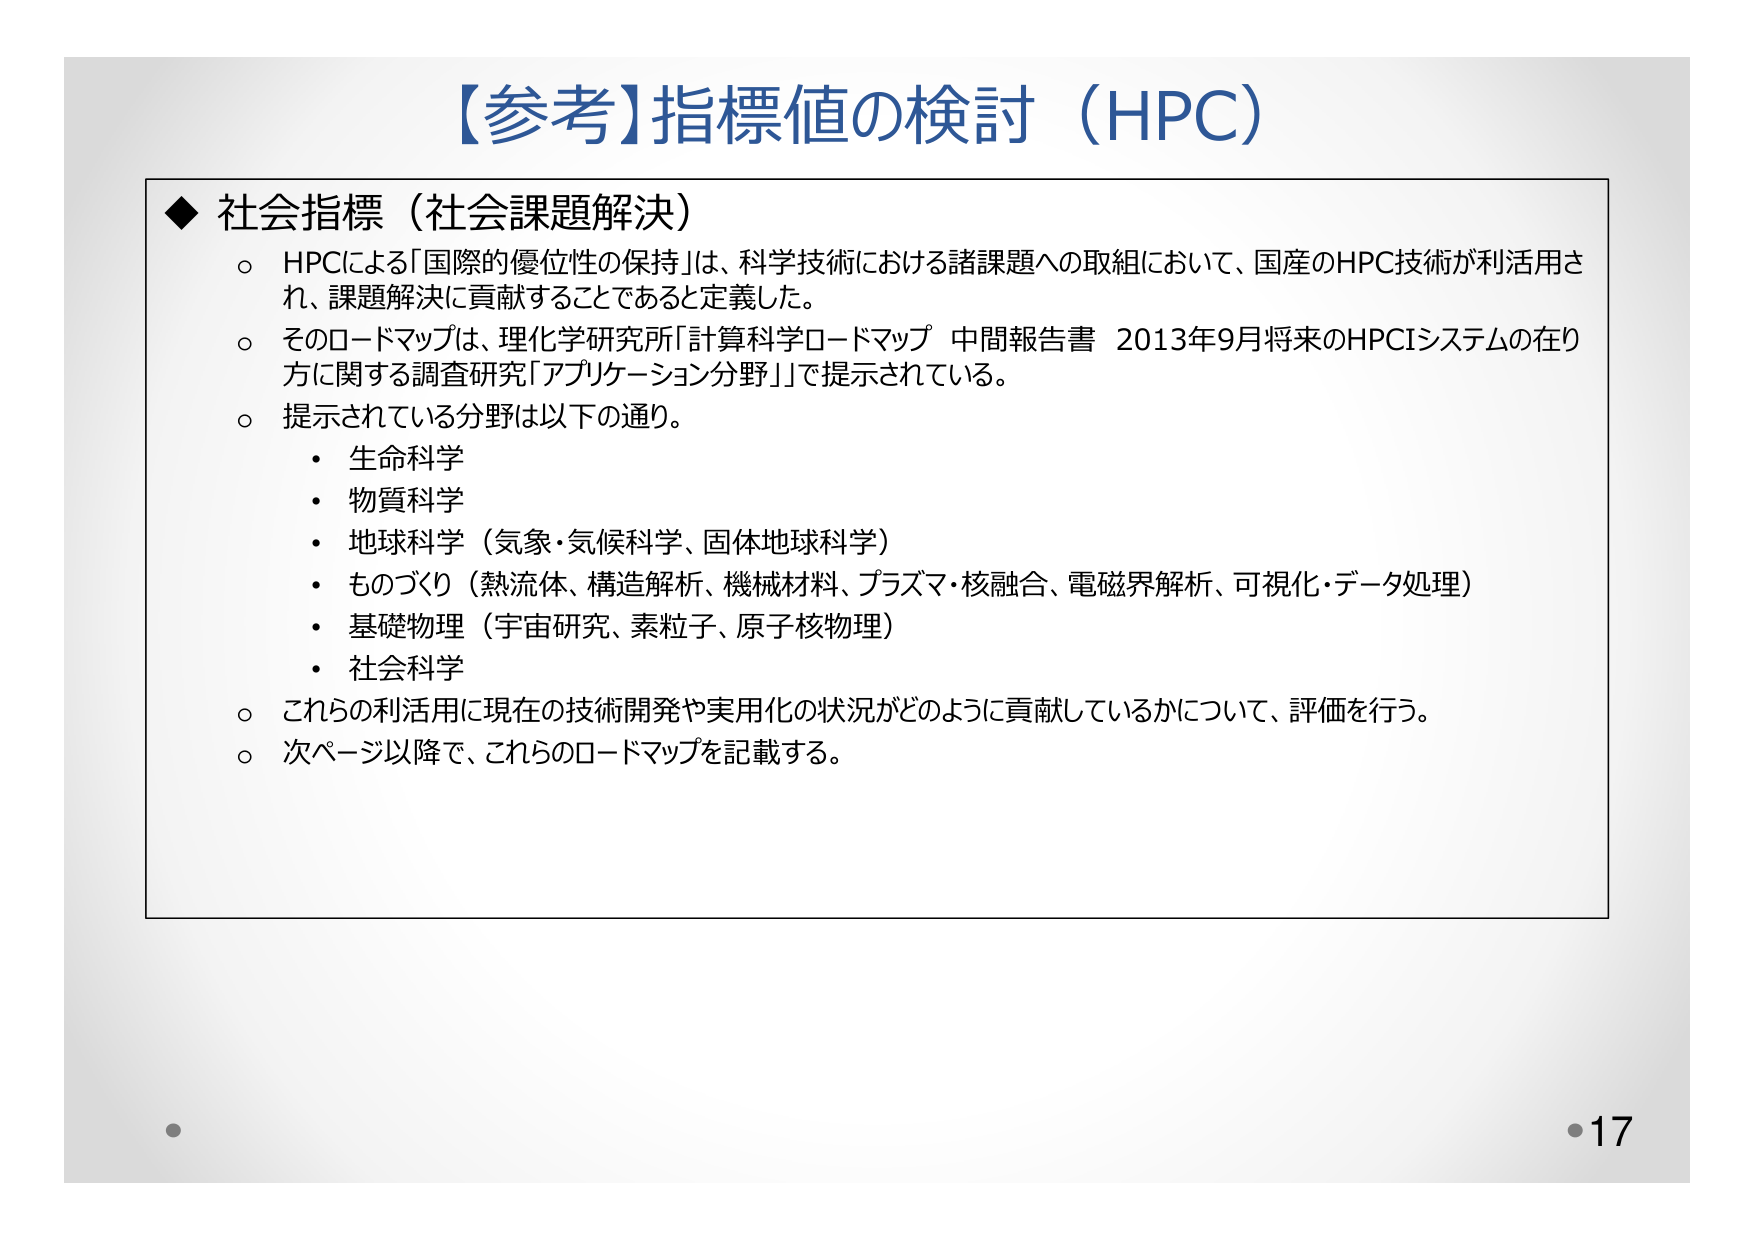
【参考】指標値の検討（HPC）

◆ 社会指標（社会課題解決）
○ HPCによる「国際的優位性の保持」は、科学技術における諸課題への取組において、国産のHPC技術が利活用され、課題解決に貢献することであると定義した。
○ そのロードマップは、理化学研究所「計算科学ロードマップ 中間報告書 2013年9月将来のHPCIシステムの在り方に関する調査研究「アプリケーション分野」」で提示されている。
○ 提示されている分野は以下の通り。
・ 生命科学
・ 物質科学
・ 地球科学（気象・気候科学、固体地球科学）
・ ものづくり（熱流体、構造解析、機械材料、プラズマ・核融合、電磁界解析、可視化・データ処理）
・ 基礎物理（宇宙研究、素粒子、原子核物理）
・ 社会科学
○ これらの利活用に現在の技術開発や実用化の状況がどのように貢献しているかについて、評価を行う。
○ 次ページ以降で、これらのロードマップを記載する。

・17